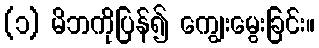
(၁) မိဘကိုပြန်၍ ကျွေးမွေးခြင်း။